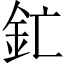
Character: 釯